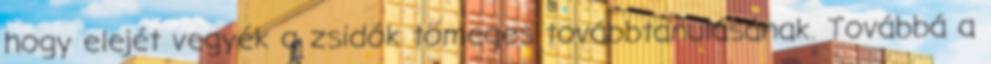
hogy elejét vegyék a zsidók tömeges továbbtanulásának. Továbbá a